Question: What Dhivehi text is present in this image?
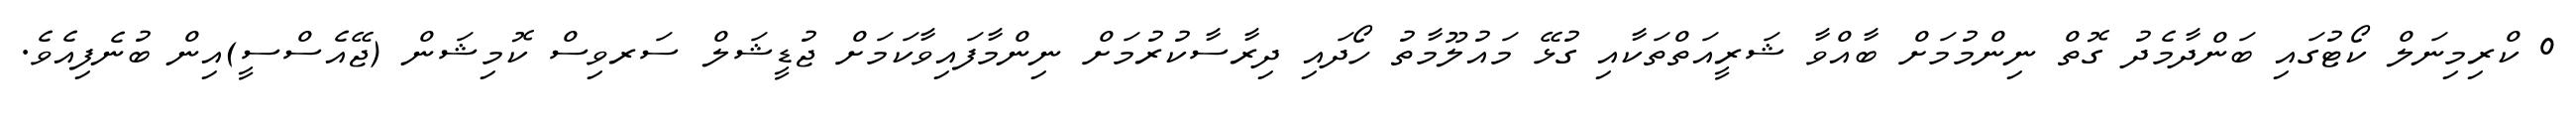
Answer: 0 ކްރިމިނަލް ކޯޓުގައި ބަންދާމެދު ގޮތް ނިންމުމަށް ބާއްވާ ޝަރީއަތްތަކާއި ގުޅޭ މައުލޫމާތު ހޯދައި ދިރާސާކުރުމަށް ނިންމާފައިވާކަމަށް ޖުޑީޝަލް ސަރވިސް ކޮމިޝަން (ޖޭއެސްސީ)އިން ބުނެފިއެވެ.